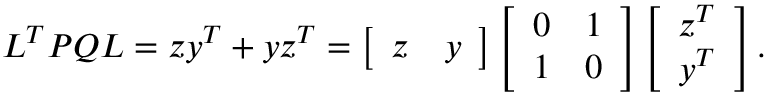
\boldsymbol { L } ^ { T } \boldsymbol { P } \boldsymbol { Q } \boldsymbol { L } = \boldsymbol { z } \boldsymbol { y } ^ { T } + \boldsymbol { y } \boldsymbol { z } ^ { T } = \left[ \begin{array} { l l } { \boldsymbol { z } } & { \boldsymbol { y } } \end{array} \right] \left[ \begin{array} { l l } { 0 } & { 1 } \\ { 1 } & { 0 } \end{array} \right] \left[ \begin{array} { l } { \boldsymbol { z } ^ { T } } \\ { \boldsymbol { y } ^ { T } } \end{array} \right] .